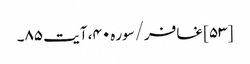
[۵۳] غافر/سوره۴۰، آیت ۸۵۔